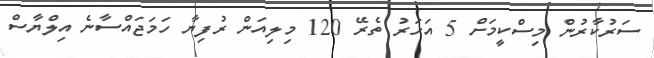
ސަރުކާރުން މިސްކީމަށް 5 އަހަރު ތެރޭ 120 މިލިއަން ރުފިޔާ ހަމަޖައްސާނެ އިލްޔާސް